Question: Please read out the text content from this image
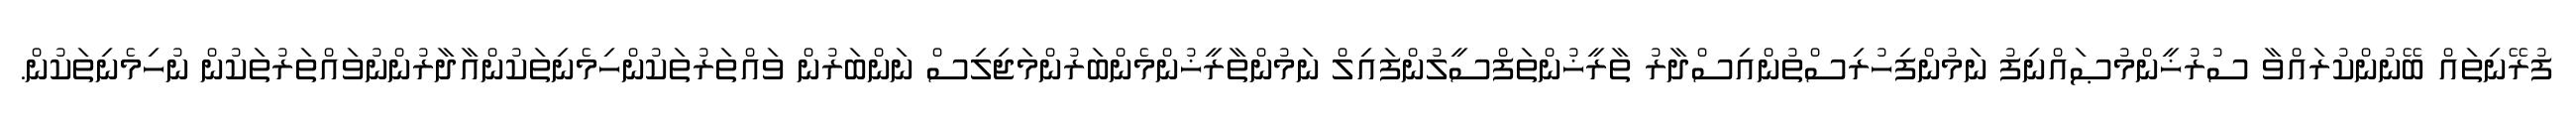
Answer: ފުރޭނިތައް ބޭނުންކުރައްވާ ސުރުޚީންމުޞައްނިފު ނަމުންފިހުރިސްތުންއިސްދާރު ތާރީޚުންތަފްސީލުންފައިލް ނަމުންތާރީޚުންމެންބަރުންމަޖިލިސް ނަންބަރުން ވައްތަރުތަކުންހިމެނިތަކުންއާދާރުންނުވައްތަރުތަކުން ނުހިމެނިތަކުން.